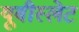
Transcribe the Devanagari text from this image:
यूबीस्लेट